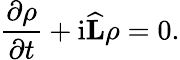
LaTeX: {\frac{\partial\rho}{\partial t}}+{\mathrm{i}{\widehat{\mathbf{L}}}}\rho=0.